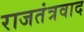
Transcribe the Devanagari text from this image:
राजतंत्रवाद